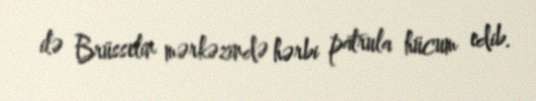
ilə Brüsselin mərkəzində hərbi patrula hücum edib.